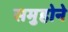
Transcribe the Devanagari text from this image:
समुहोने